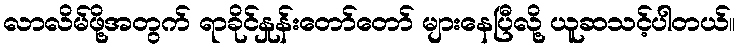
လာလိမ်ဖို့အတွက် ရာခိုင်နှုန်းတော်တော် များနေပြီလို့ ယူဆသင့်ပါတယ်။